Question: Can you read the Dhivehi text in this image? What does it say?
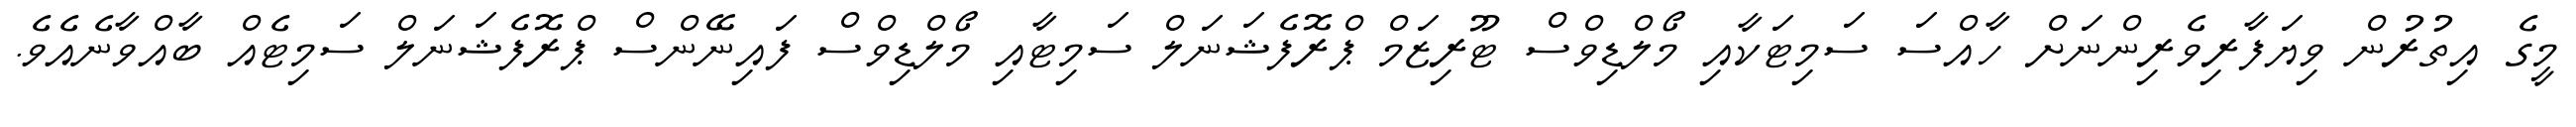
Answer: މީގެ އިތުރުން ވިޔަފާރިވެރިންނަށް ހާއްސަ ސަމިޓަކާއި މޯލްޑިވްސް ޓޫރިޒަމް ޕްރޮފެޝަނަލް ސަމިޓާއި މޯލްޑިވްސް ފައިނޭންސް ޕްރޮފެޝަނަލް ސަމިޓެއް ބާއްވާނެއެވެ.